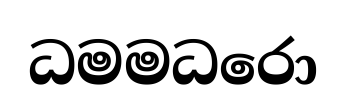
ධමමධරො